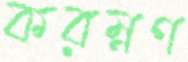
করম্নণ